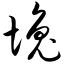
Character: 堍